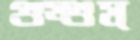
গুম্‌গুম্‌